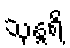
သုန္ဒရိ